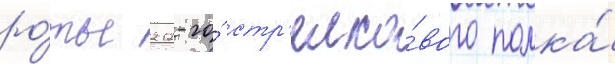
ро́ты 212-го́ стр'елко́вого полка́